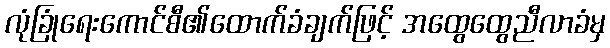
လုံခြုံရေးကောင်စီ၏ထောက်ခံချက်ဖြင့် အထွေထွေညီလာခံမှ